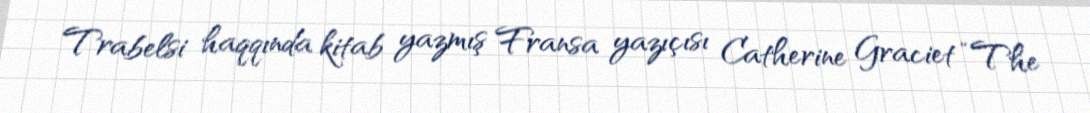
Trabelsi haqqında kitab yazmış Fransa yazıçısı Catherine Graciet “The